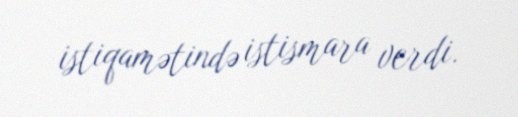
istiqamətində istismara verdi.